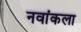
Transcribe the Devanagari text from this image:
नवांकला